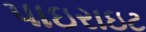
પાઇરાઇટ